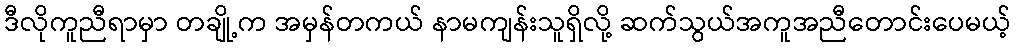
ဒီလိုကူညီရာမှာ တချို့က အမှန်တကယ် နာမကျန်းသူရှိလို့ ဆက်သွယ်အကူအညီတောင်းပေမယ့်